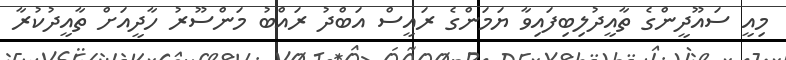
މިއީ ސައޫދީންގެ ތާއީދުލިބިފައިވާ ޔަމަންގެ ރައީސް އަބްދު ރައްބު މަންސޫރު ހާދީއަށް ތާއީދުކުރާ